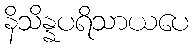
နိသိန္နပရိသာယပေ